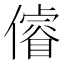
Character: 𠏻